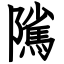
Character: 隲